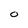
Character: O